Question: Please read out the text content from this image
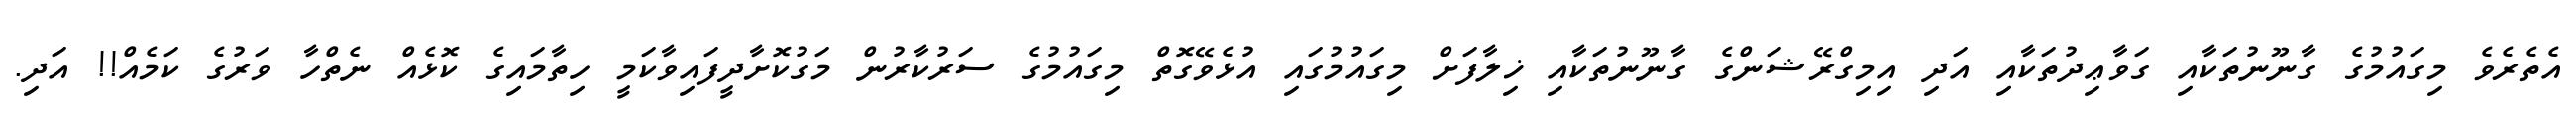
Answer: އެތެރެވެ މިގައުމުގެ ގާނޫނުތަކާއި ގަވާޢިދުތަކާއި އަދި އިމިގްރޭޝަންގެ ގާނޫނުތަކާއި ޚިލާފަށް މިގައުމުގައި އުޅެވޭގޮތް މިގައުމުގެ ސަރުކާރުން މަގުކޮށާދީފައިވާކަމީ ހިތާމައިގެ ކޮޅެއް ނެތްހާ ވަރުގެ ކަމެއް!! އަދި.